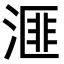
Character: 𪶬